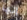
إنها